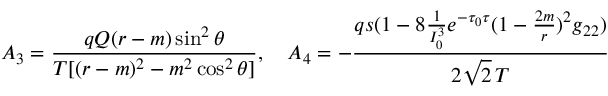
A _ { 3 } = { \frac { q Q ( r - m ) \sin ^ { 2 } \theta } { T [ ( r - m ) ^ { 2 } - m ^ { 2 } \cos ^ { 2 } \theta ] } } , \ \ \ A _ { 4 } = - { \frac { q s ( 1 - 8 { \frac { 1 } { I _ { 0 } ^ { 3 } } } e ^ { - \tau _ { 0 } \tau } ( 1 - { \frac { 2 m } { r } } ) ^ { 2 } g _ { 2 2 } ) } { 2 \sqrt { 2 } \, T } }